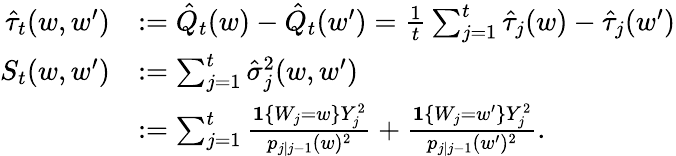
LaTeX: \begin{array}{rl}{\hat{\tau}_{t}(w,w^{\prime})}&{:=\hat{Q}_{t}(w)-\hat{Q}_{t}(w^{\prime})=\frac{1}{t}\sum_{j=1}^{t}\hat{\tau}_{j}(w)-\hat{\tau}_{j}(w^{\prime})}\\ {S_{t}(w,w^{\prime})}&{:=\sum_{j=1}^{t}\hat{\sigma}_{j}^{2}(w,w^{\prime})}\\ &{:=\sum_{j=1}^{t}\frac{\mathbf{1}\{ W_{j}=w\} Y_{j}^{2}}{p_{j\mid j-1}(w)^{2}}+\frac{\mathbf{1}\{ W_{j}=w^{\prime}\} Y_{j}^{2}}{p_{j\mid j-1}(w^{\prime})^{2}}.}\end{array}